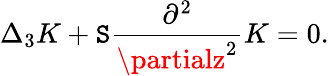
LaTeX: \Delta_{3}K+\mathtt{S}\frac{{\partial^{2}}}{{\partialz^{2}}}K=0.